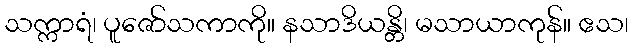
သက္ကာရံ၊ ပူဇော်သကာကို။ နသာဒိယန္တိ၊ မသာယာကုန်။ ဧသ၊